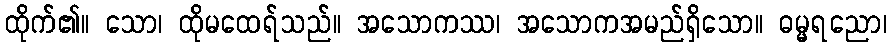
ထိုက်၏။ သော၊ ထိုမထေရ်သည်။ အသောကဿ၊ အသောကအမည်ရှိသော။ ဓမ္မရညော၊